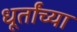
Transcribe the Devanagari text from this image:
धूर्तांच्या